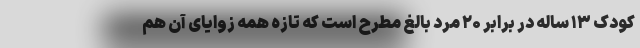
کودک ۱۳ ساله در برابر ۲۰ مرد بالغ مطرح است که تازه همه زوایای آن هم